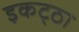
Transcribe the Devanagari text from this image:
इकट्‌ठा